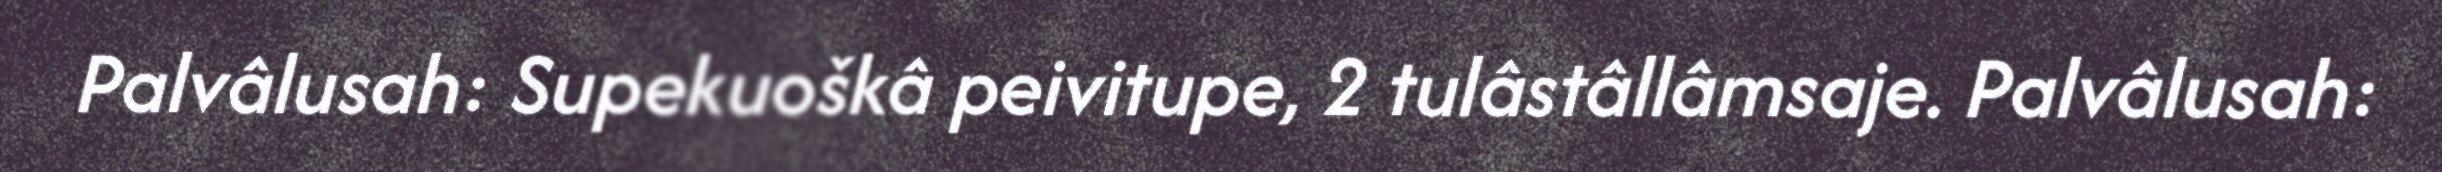
Palvâlusah: Supekuoškâ peivitupe, 2 tulâstâllâmsaje. Palvâlusah: